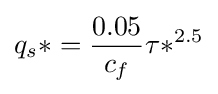
q_{s}*={\frac {0.05}{c_{f}}}\tau *^{2.5}